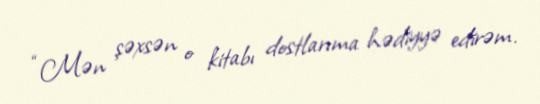
“Mən şəxsən o kitabı dostlarıma hədiyyə edirəm.